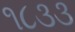
૧૮૩૩